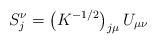
LaTeX: \begin{align*}S_j^\nu = \left( K^{-1/2}\right)_{j\mu} U_{\mu\nu}\end{align*}